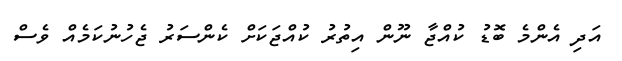
އަދި އެންމެ ބޮޑު ކުއްޖާ ނޫން އިތުރު ކުއްޖަކަށް ކެންސަރު ޖެހުނުކަމެއް ވެސް